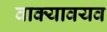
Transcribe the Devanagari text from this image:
वाक्यावयव